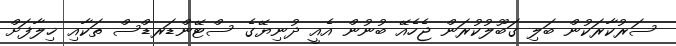
ސަރުކާރަކުން ބަލި ގަބޫލުކުރަން ޖެހެއޭ ބުނުން އެއީ ދުނިޔޭގެ ސްޓޭންޑަރޑްސް ތަކާއި ޚިލާފަށް